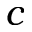
c